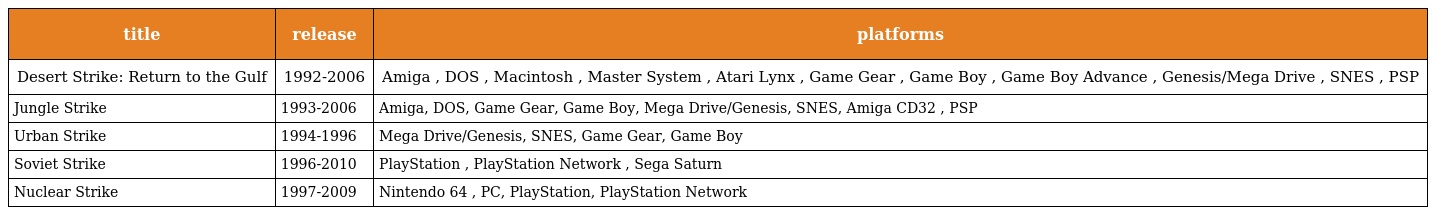
| title | release | platforms |
 | --- | --- | --- |
 | Desert Strike: Return to the Gulf | 1992-2006 | Amiga , DOS , Macintosh , Master System , Atari Lynx , Game Gear , Game Boy , Game Boy Advance , Genesis/Mega Drive , SNES , PSP |
 | Jungle Strike | 1993-2006 | Amiga, DOS, Game Gear, Game Boy, Mega Drive/Genesis, SNES, Amiga CD32 , PSP |
 | Urban Strike | 1994-1996 | Mega Drive/Genesis, SNES, Game Gear, Game Boy |
 | Soviet Strike | 1996-2010 | PlayStation , PlayStation Network , Sega Saturn |
 | Nuclear Strike | 1997-2009 | Nintendo 64 , PC, PlayStation, PlayStation Network |